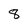
Character: 8